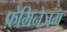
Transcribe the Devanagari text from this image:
फ़ेमिनेजम